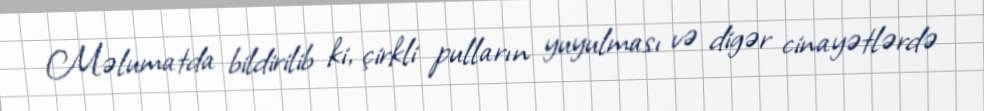
Məlumatda bildirilib ki, çirkli pulların yuyulması və digər cinayətlərdə